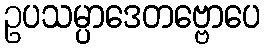
ဥပသမ္ပာဒေတဗ္ဗောပေ